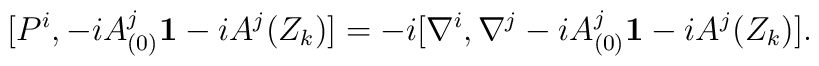
[P^i, -i A^{j}_{(0)}{\bf 1}-i A^{j}(Z_k)]=-i [\nabla^i,\nabla^j-i A^{j}_{(0)}{\bf 1}-iA^{j}(Z_k)].